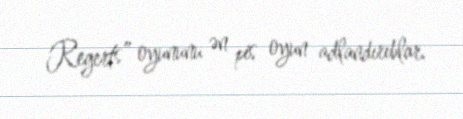
Regerts” oyununu ən pis oyun adlandırıblar.